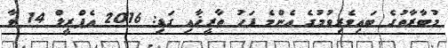
މުބާރާތުގެ ބައިވެރިވުމުގެ އެންމެ ފަހު ތާރީޚާއި ގަޑި: 2016 އެޕްރީލް 14 ވާ